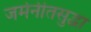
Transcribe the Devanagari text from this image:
जर्मनीतसुद्धा